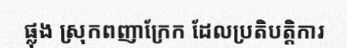
ផ្លុង ស្រុកពញាក្រែក ដែលប្រតិបត្តិការ